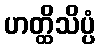
ဟတ္ထိသိပ္ပံ